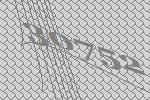
30752